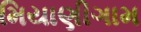
મિયાણીગામ